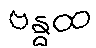
ဗန္ဓထ